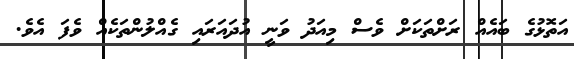
އަތޮޅުގެ ބައެއް ރަށްތަކަށް ވެސް މިއަދު ވަނީ އުދައަރައި ގެއްލުންތަކެއް ވެފަ އެވެ.